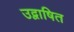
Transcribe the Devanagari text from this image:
उद्वाषित